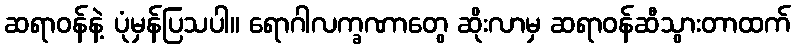
ဆရာဝန်နဲ့ ပုံမှန်ပြသပါ။ ရောဂါလက္ခဏာတွေ ဆိုးလာမှ ဆရာဝန်ဆီသွားတာထက်